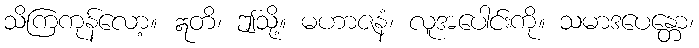
သိကြကုန်လော့။ ဣတိ၊ ဤသို့။ မဟာဇနံ၊ လူအပေါင်းကို။ သမာဒပေန္တော၊